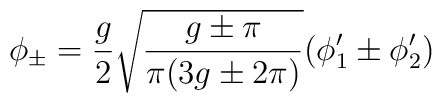
\phi_{\pm}=\frac{g}{2}\sqrt{\frac{g\pm\pi}{\pi(3g\pm 2\pi)}}(\phi_1'\pm \phi_2')